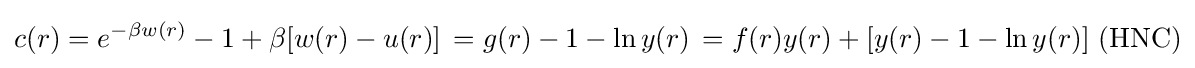
c(r)=e^{-\beta w(r)}-1+\beta [w(r)-u(r)]\,=g(r)-1-\ln y(r)\,=f(r)y(r)+[y(r)-1-\ln y(r)]\,\,({\text{HNC}})